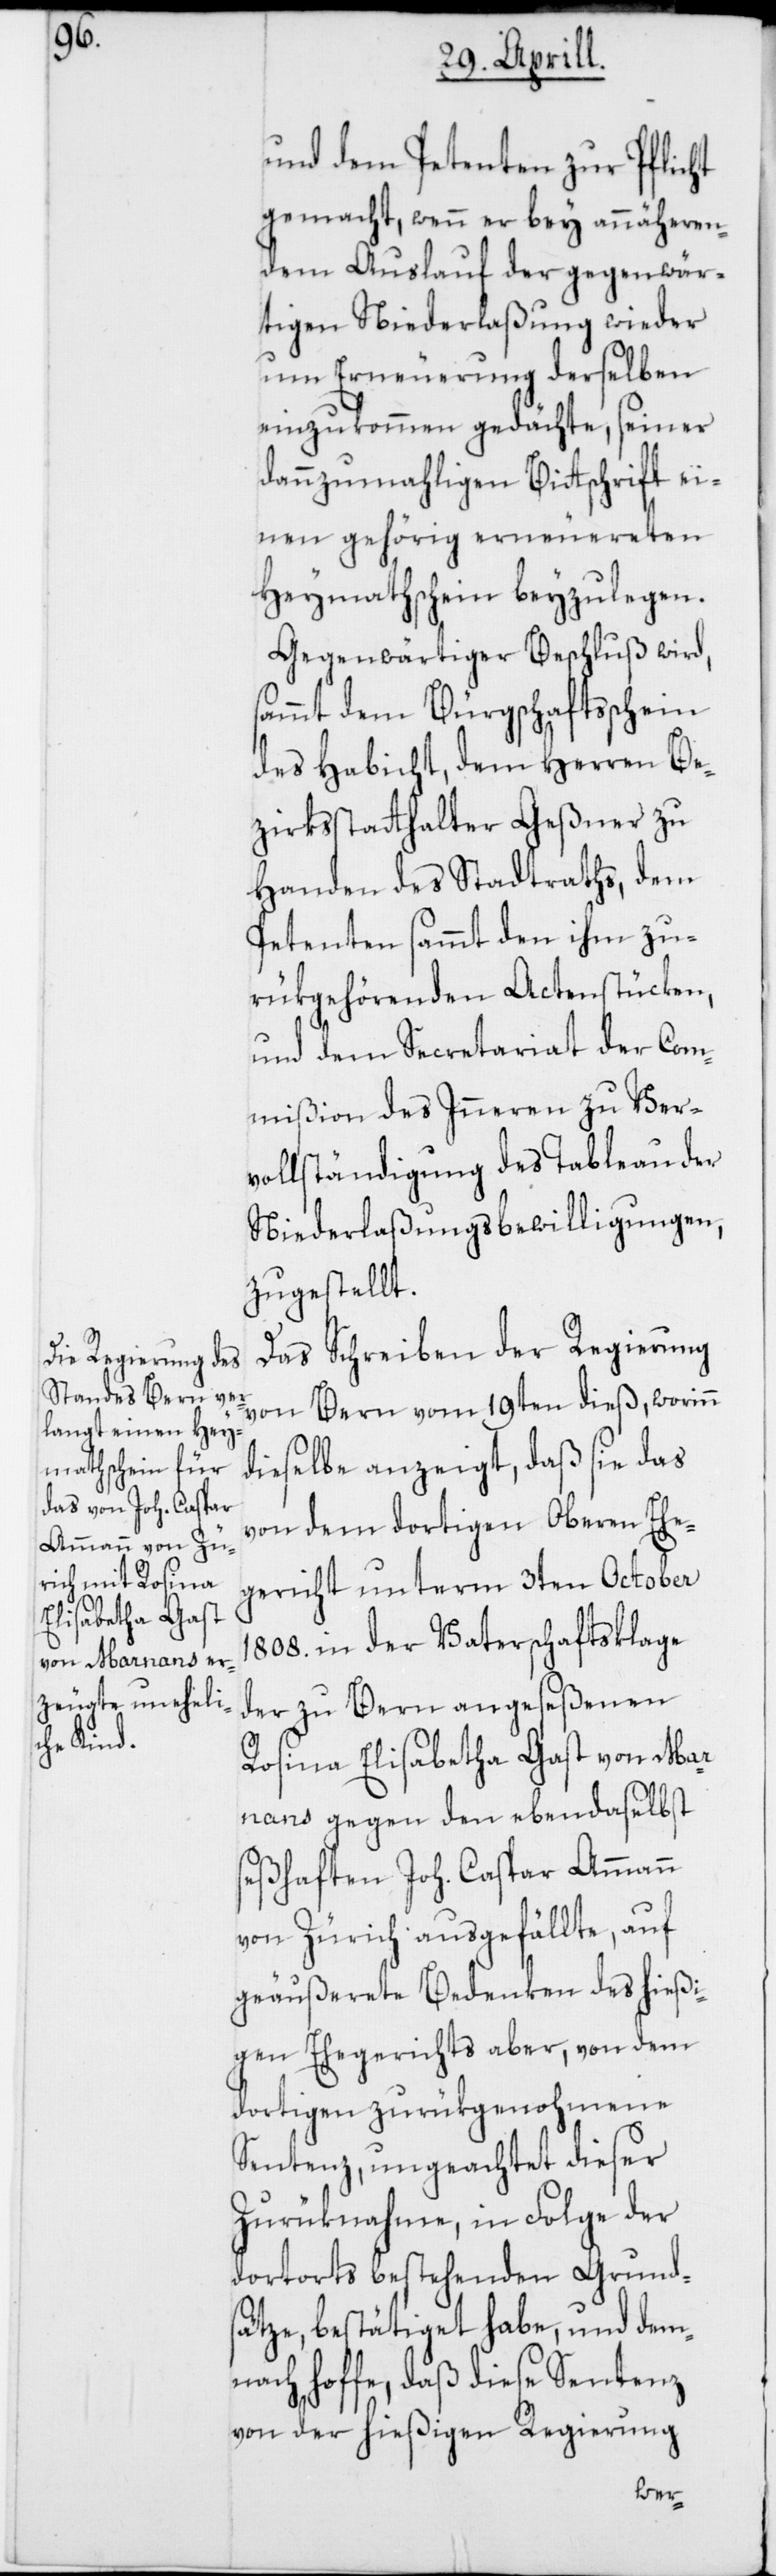
und dem Petenten zur Pflicht
gemacht, wenn er bey annäheren¬
dem Auslauf der gegenwär¬
tigen Niederlaßung wieder
um Erneuerung derselben
einzukommen gedächte, seiner
dannzumahligen Bitschrift ei¬
nen gehörigen erneuereten
Heymathschein beyzulegen.
Gegenwärtiger Beschluß wird,
sammt dem Bürgschaftsschein
des Habicht, dem Herren Be¬
zirksstatthalter Geßner zu
Handen des Stadtraths, dem
Petenten sammt den ihm zu¬
rükgehörenden Actenstücken,
und dem Secretariat der Com¬
mißion des Inneren zu Ver¬
vollständigung des Tableau der
Niederlaßungsbewilligungen,
zugestellt.
Das Schreiben der Regierung
von Bern vom 19ten dieß, worinn
dieselbe anzeigt, daß sie das
von dem dortigen Oberen Ehe¬
gericht unterm 3ten October
1808. in der Vaterschaftsklage
der zu Bern angeseßenen
Rosina Elisabetha Gast von Mar¬
nans gegen den ebendaselbst
seßhaften Joh. Caspar Ammann
von Zürich ausgefällte, auf
geäußerete Bedenken des hießi¬
gen Ehegerichts aber, von dem
dortigen zurükgenohmene
Sentenz, ungeachtet dieser
Zurüknahme, in Folge der
dortorts bestehenden Grund¬
sätze, bestätiget habe, und dem¬
nach hoffe, daß diese Sentenz
von der hießigen Regierung